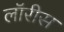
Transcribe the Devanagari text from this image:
लॉरीस